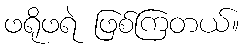
ဖရိုဖရဲ ဖြစ်ကြတယ်။